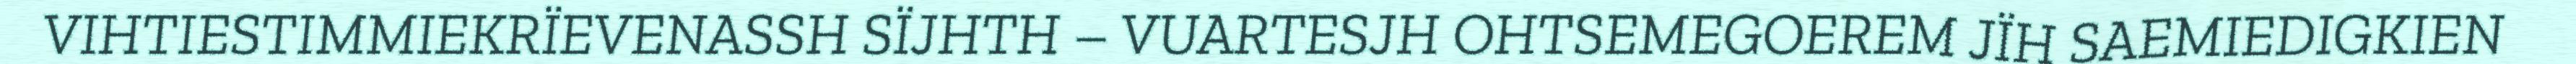
VIHTIESTIMMIEKRÏEVENASSH SÏJHTH – VUARTESJH OHTSEMEGOEREM JÏH SAEMIEDIGKIEN